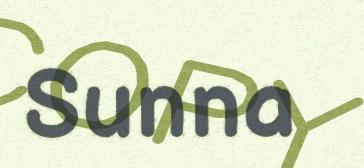
Sunna